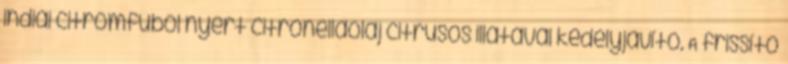
indiai citromfűből nyert citronellaolaj citrusos illatával kedélyjavító. A frissítő